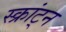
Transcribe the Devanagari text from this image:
स्क्रांट्न